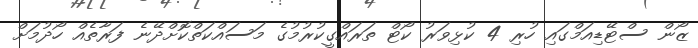
ޒޯން ސްޓޭޑިއަމްގައި ހުރި 4 ކުޅިވަރު ކޯޓް ތަރައްގީކުރުމުގެ މަސައްކަތްކޮށްދޭނެ ފަރާތެއް ހޯދުމަށް